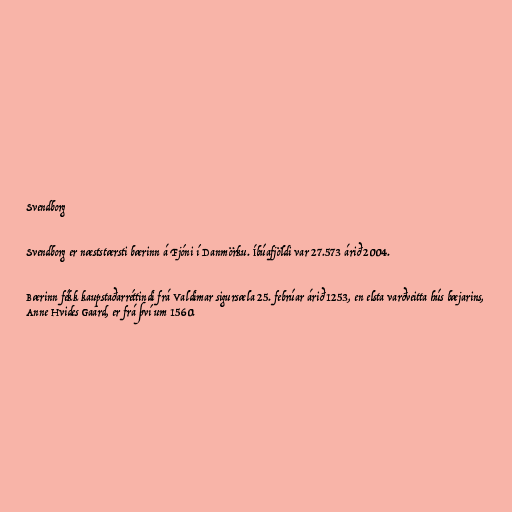
Svendborg

Svendborg er næststærsti bærinn á Fjóni í Danmörku. Íbúafjöldi var 27.573 árið 2004.

Bærinn fékk kaupstaðarréttindi frá Valdimar sigursæla 25. febrúar árið 1253, en elsta varðveitta hús bæjarins,
Anne Hvides Gaard, er frá því um 1560.